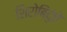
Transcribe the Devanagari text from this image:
शिरोबिंदुंचे